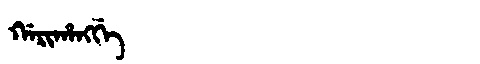
Manchu: ᡤᠠᡵᡳᡥᠠᠩᡤᡝ
Romanization: GARIHANGGE